Civil Veterinary Department. Madras. Admin. report 1910-25 - 1910-1925
Year: 1910
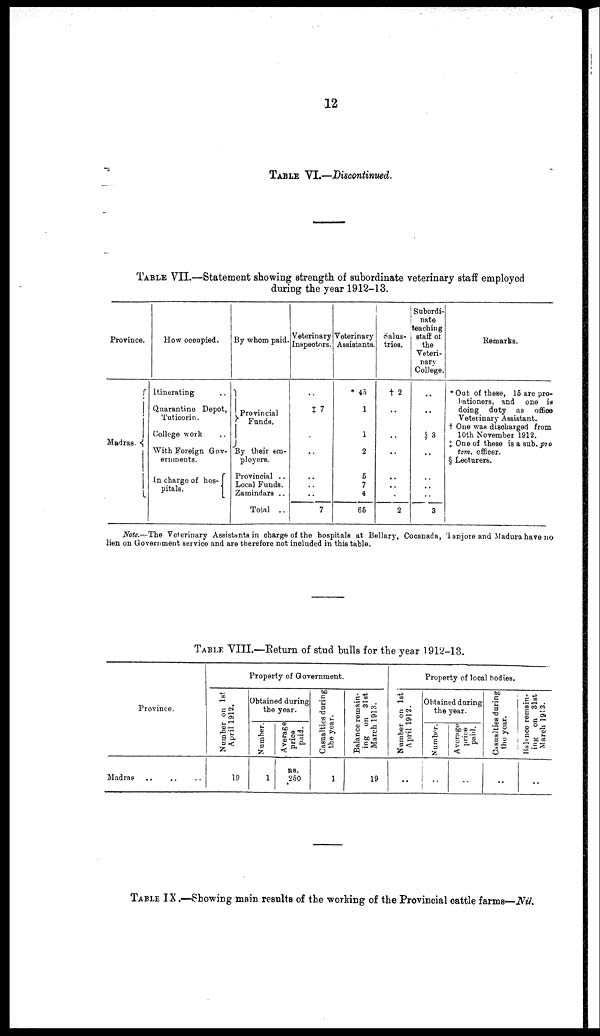
12
TABLE VI.—Discontinued.
TABLE VII.—Statement showing strength of subordinate veterinary staff employed
during the year 1912-13.
Province.
Madras.
How occupied.
Itinerating
Quarantine Depot,
Tuticorin.
College work
With Foreign Gov-
eruments.
In charge of hos-
pitals.
By whom paid.
Provincial
Funds.
By their em-
ployers.
Provincial ..
Local Funds.
Zainindars ..
Total ..
Veterinary
Inspectors.
..
7
..
..
..
..
7
Veterinary
Assistants.
45
1
1
2
5
7
4
65
salus-
tries.
† 2
..
..
..
..
..
..
2
Subordi-
nate
teaching
staff ot
the
Veteri-
nary
College.
..
..
3
..
..
..
..
3
Remarks.
*Out of these, 15 are pro-
bationers, and one is
doing doty as office
Veterinary Assistant,
† One was discharged from
10th November 1912.
† One of these is a sub. pro
tom, officer.
§ Lecturers.
Note.—The Veterinary Assistants in charge of the hospitals at Bellary, Cooanada, Tanjore and Madura have no
lien on Government service and are therefore not included in this table.
TABLE VIII.—Return of stud hulls for the year 1912-13.
Province.
Madras
Property of Government.
Number on 1st
April 1912.
19
Obtained during
the year.
Number.
1
Average
price
paid.
RS.
250
Casualties during
the year.
1
Balance remain-
ing on 31st
March 1913.
19
Property of local bodies.
Number on 1st
April 1912.
..
Obtained during
the year.
Number.
..
Average
price
paid.
..
Casualties during
the year.
..
Balance remain-
ing on
31st
March 1913.
..
TABLE IX.—Showing main results of the working of the Provincial cattle farms—Nil.